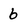
Character: 6